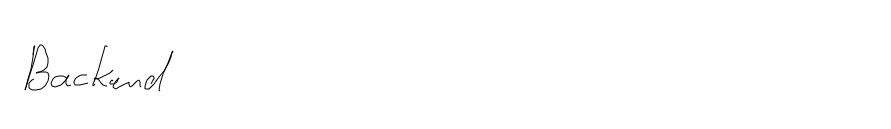
Backend